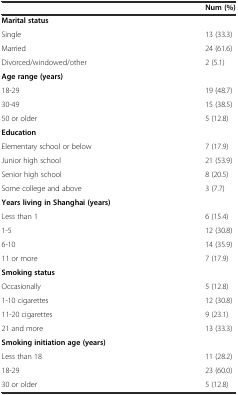
<table><thead><tr><td>[EMPTY_CELL]</td><td><b>Num (%)</b></td></tr></thead><tbody><tr><td><b>Marital status</b></td><td>[EMPTY_CELL]</td></tr><tr><td>Single</td><td>13 (33.3)</td></tr><tr><td>Married</td><td>24 (61.6)</td></tr><tr><td>Divorced/windowed/other</td><td>2 (5.1)</td></tr><tr><td><b>Age range (years)</b></td><td>[EMPTY_CELL]</td></tr><tr><td>18-29</td><td>19 (48.7)</td></tr><tr><td>30-49</td><td>15 (38.5)</td></tr><tr><td>50 or older</td><td>5 (12.8)</td></tr><tr><td><b>Education</b></td><td>[EMPTY_CELL]</td></tr><tr><td>Elementary school or below</td><td>7 (17.9)</td></tr><tr><td>Junior high school</td><td>21 (53.9)</td></tr><tr><td>Senior high school</td><td>8 (20.5)</td></tr><tr><td>Some college and above</td><td>3 (7.7)</td></tr><tr><td><b>Years living in Shanghai (years)</b></td><td>[EMPTY_CELL]</td></tr><tr><td>Less than 1</td><td>6 (15.4)</td></tr><tr><td>1-5</td><td>12 (30.8)</td></tr><tr><td>6-10</td><td>14 (35.9)</td></tr><tr><td>11 or more</td><td>7 (17.9)</td></tr><tr><td><b>Smoking status</b></td><td>[EMPTY_CELL]</td></tr><tr><td>Occasionally</td><td>5 (12.8)</td></tr><tr><td>1-10 cigarettes</td><td>12 (30.8)</td></tr><tr><td>11-20 cigarettes</td><td>9 (23.1)</td></tr><tr><td>21 and more</td><td>13 (33.3)</td></tr><tr><td><b>Smoking initiation age (years)</b></td><td>[EMPTY_CELL]</td></tr><tr><td>Less than 18</td><td>11 (28.2)</td></tr><tr><td>18-29</td><td>23 (60.0)</td></tr><tr><td>30 or older</td><td>5 (12.8)</td></tr></tbody></table>